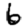
Digit: 6